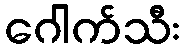
ဂေါက်သီး